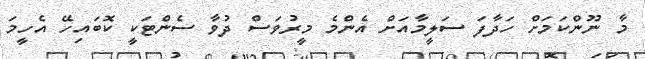
މާ ނޫންކަމަށް ހަދާފަ ސަލީމާއަށް އެންމެ މީރުވަސް ދުވާ ސެންޓަކީ ކޮބައިހޭ އެހީމަ